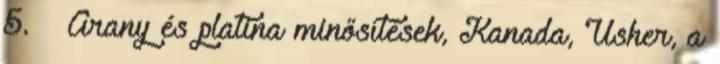
5. ↑ Arany és platina minősítések, Kanada, Usher, a